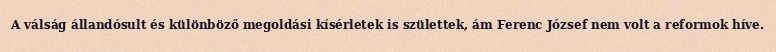
A válság állandósult és különböző megoldási kísérletek is születtek, ám Ferenc József nem volt a reformok híve.